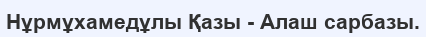
Нұрмұхамедұлы Қазы - Алаш сарбазы.